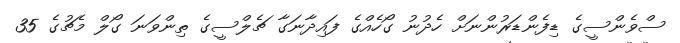
ސްވެންސީގެ ޑިފެންޑަރުންނަށް ހެދުނު ގޯހެއްގެ ފައިދާނަގާ ޗެލްސީގެ ތިންވަނަ ގޯލް މެޗުގެ 35